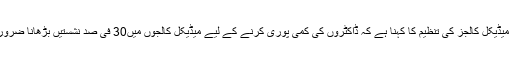
امریکن میڈیکل کالجز کی تنظیم کا کہنا ہے کہ ڈاکٹروں کی کمی پوری کرنے کے لیے میڈیکل کالجوں میں30 فی صد نشستیں بڑھانا ضروری ہے۔